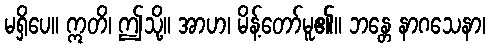
မရှိပေ။ ဣတိ၊ ဤသို့။ အာဟ၊ မိန့်တော်မူ၏။ ဘန္တေ နာဂသေနာ၊